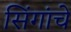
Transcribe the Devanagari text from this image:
सिंगांचे